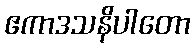
ဧကာဒသနိပါတော